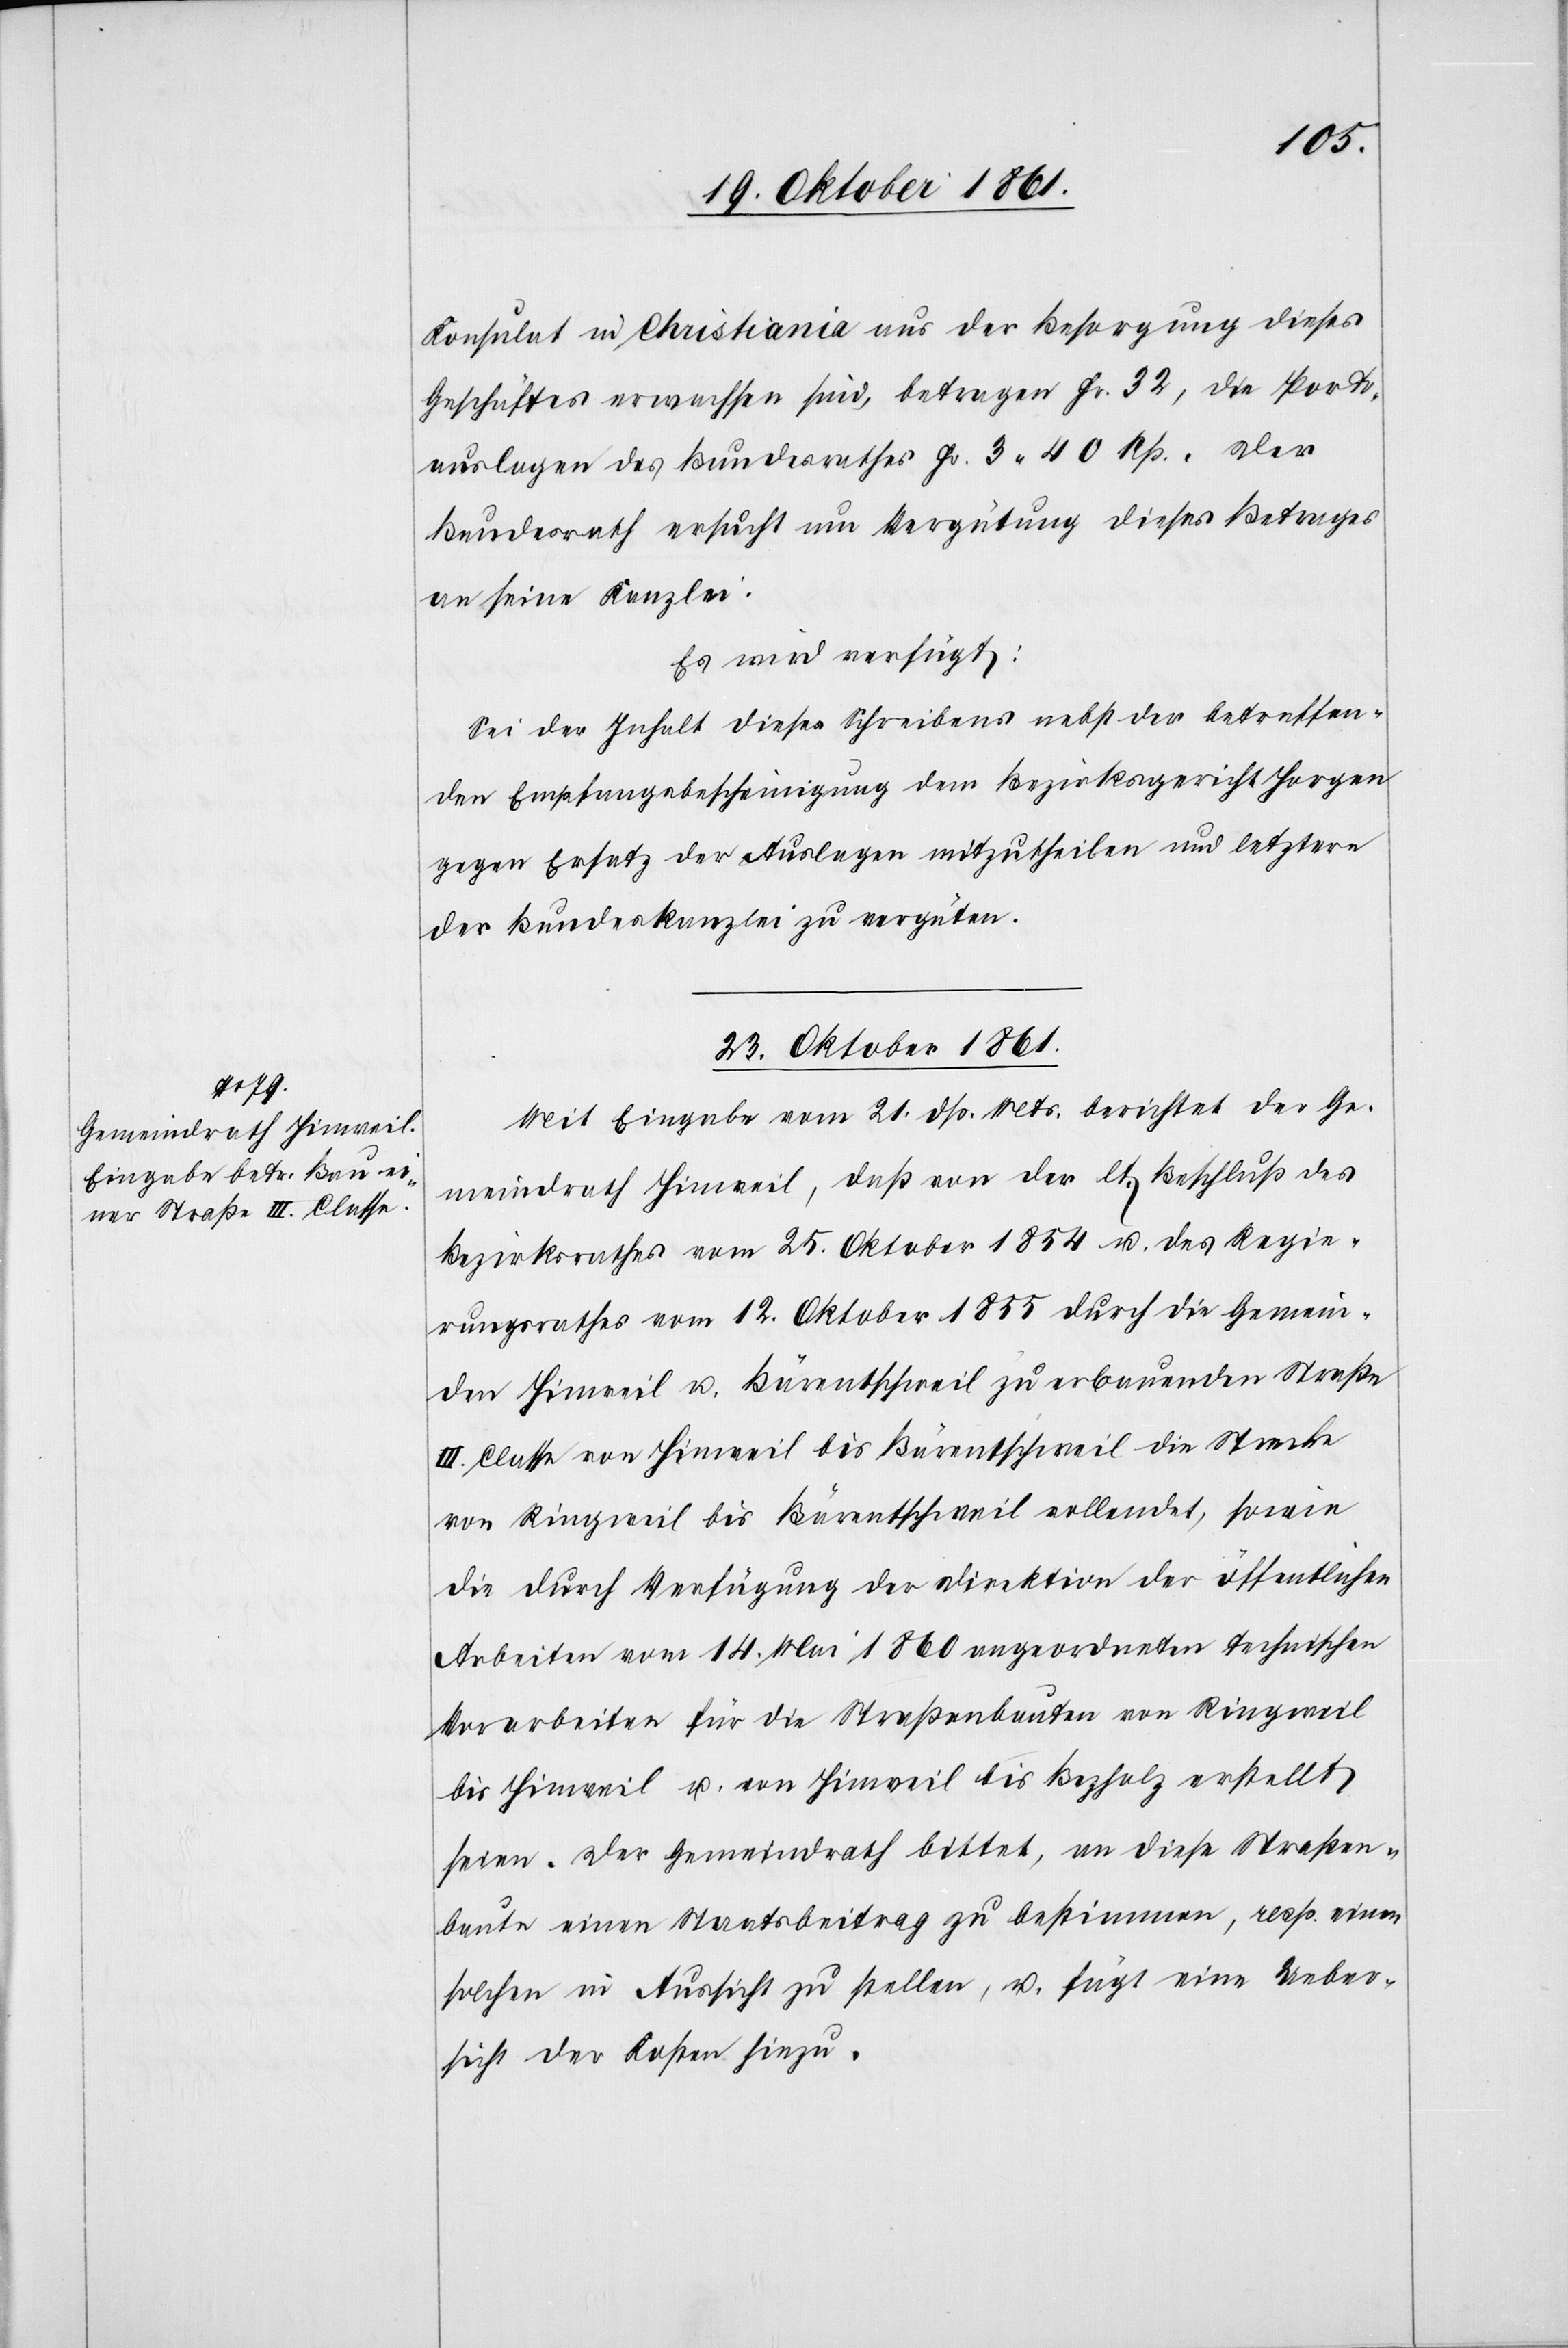
Konsulat in Christiana aus der Besorgung dieses
Geschäftes erwachsen sind, betragen Fr. 32, die Porto¬
auslagen des Bundesrathes Fr. 3. 40 Rp. Der
Bundesrath ersucht um Vergütung dieses Betrages
an seine Kanzlei:
Es wird verfügt:
Sei der Inhalt dieses Schreibens nebst der betreffen¬
den Empfangsbescheinigung dem Bezirksgericht Horgen
gegen Ersatz der Auslagen mitzutheilen und letztere
der Bundeskanzlei zu vergüten.
23 Oktober 1861.
Mit Eingabe vom 21 dß. Mts. berichtet der Ge¬
meindrath Hinweil, daß von der lt. Beschluß des
Bezirksrathes vom 25 Oktober 1854 u. des Regie¬
rungsrathes vom 12 Oktober 1855 durch die Gemein¬
de Hinweil u. Bärentschweil zu erbauenden Straße
III. Classe von Hinweil bis Bärentschweil die Strecke
von Ringweil bis Bärentschweil vollendet, sowie
die durch Verfügung der Direktion der öffentlichen
Arbeiten vom 14 Mai 1860 angeordneten technischen
Vorarbeiten für die Straßenbauten von Ringweil
bis Hinweil u. von Hinweil bis Bezholz erstellt
seien. Der Gemeindrath bittet, an diese Strecken¬
baute einen Staatsbeitrag zu bestimmen, resp. einen
solchen in Aussicht zu stellen, u. fügt eine Ueber¬
sicht der Kosten hinzu.